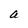
Character: a